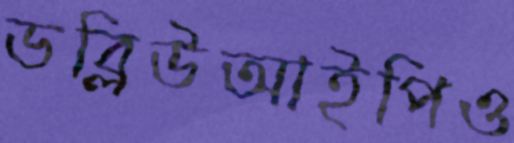
ডব্লিউআইপিও